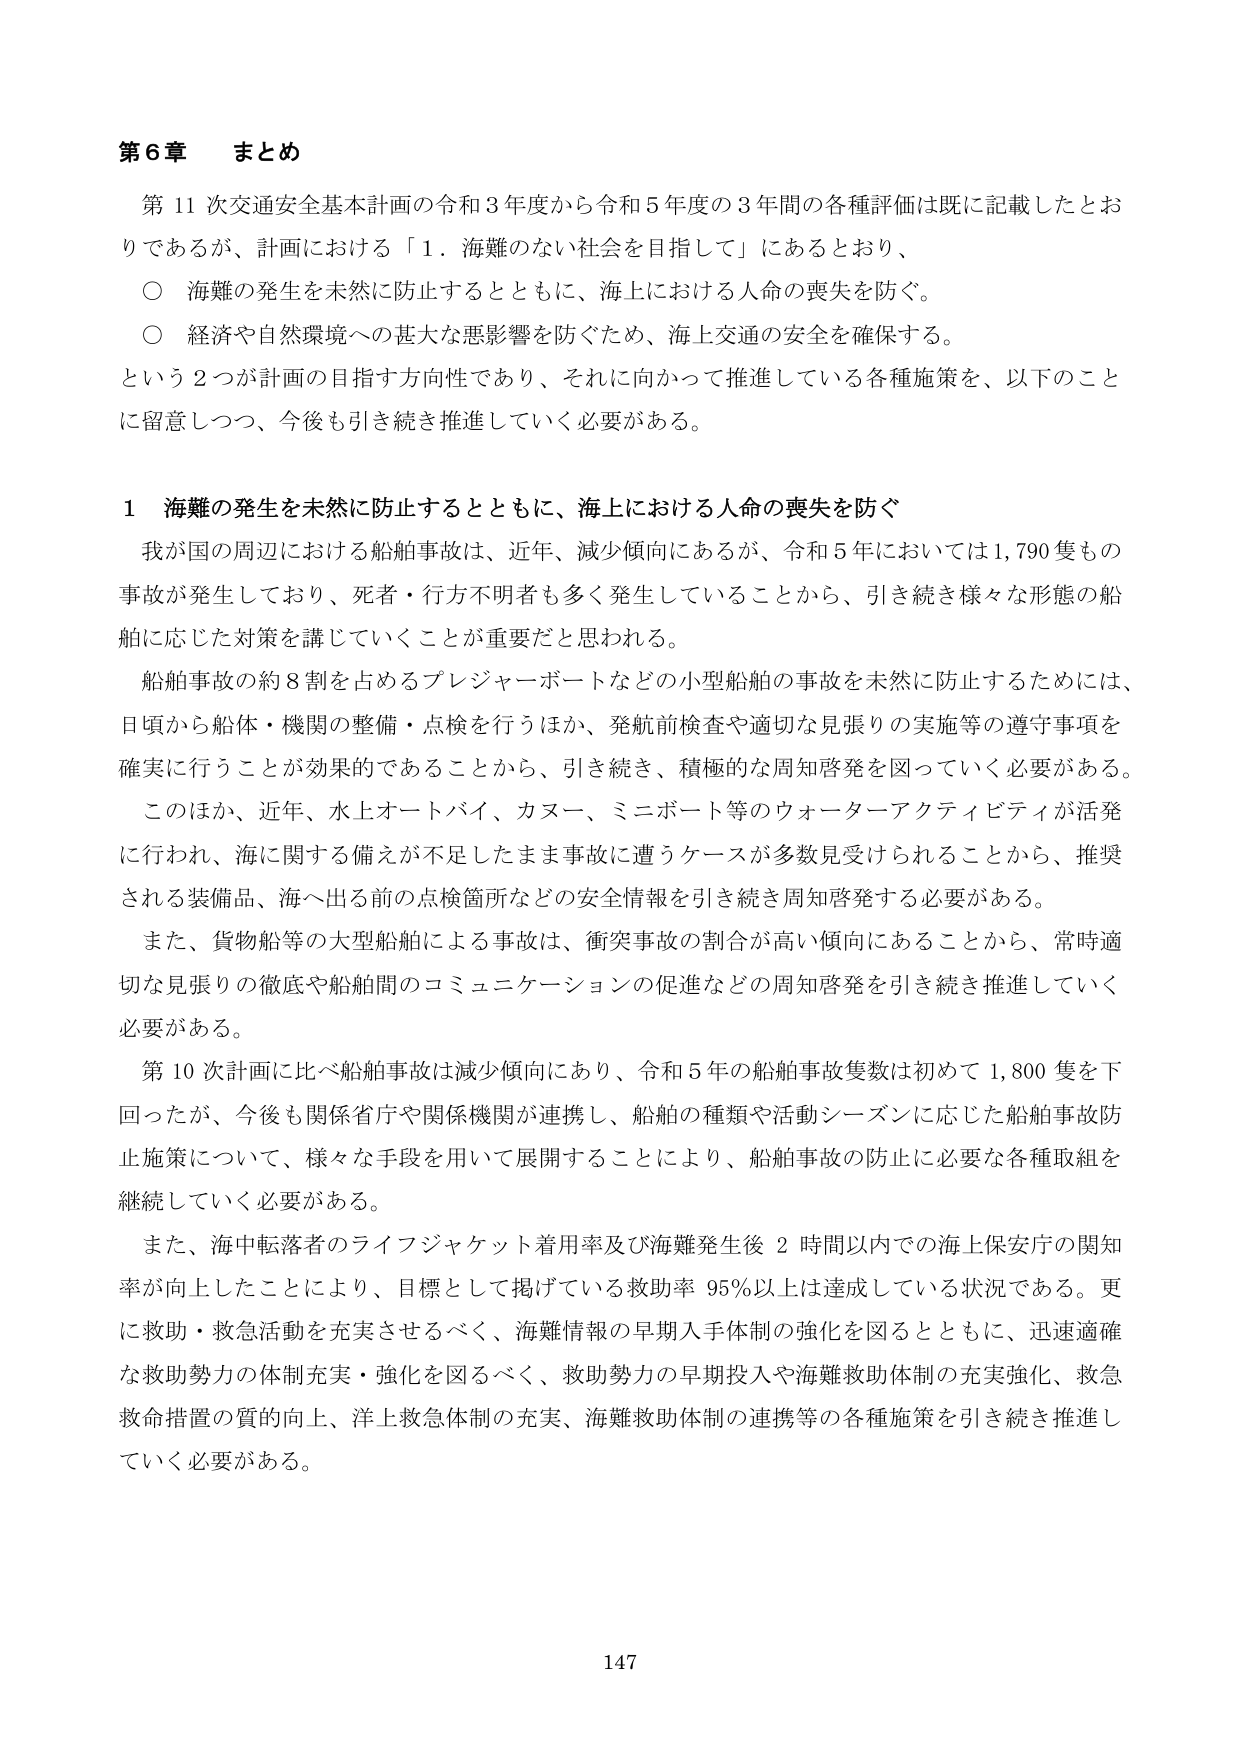
第６章 まとめ

第11次交通安全基本計画の令和3年度から令和5年度の3年間の各種評価は既に記載したとおりであるが、計画における「1．海難のない社会を目指して」にあるとおり、

○ 海難の発生を未然に防止するとともに、海上における人命の喪失を防ぐ。

○ 経済や自然環境への甚大な悪影響を防ぐため、海上交通の安全を確保する。

という2つが計画の目指す方向性であり、それに向かって推進している各種施策を、以下のこと に留意しつつ、今後も引き続き推進していく必要がある。

1 海難の発生を未然に防止するとともに、海上における人命の喪失を防ぐ

我が国の周辺における船舶事故は、近年、減少傾向にあるが、令和5年においては1,790隻もの事故が発生しており、死者・行方不明者も多く発生していることから、引き続き様々な形態の船舶に応じた対策を講じていくことが重要だと思われる。

船舶事故の約8割を占めるプレジャーボートなどの小型船舶の事故を未然に防止するためには、日頃から船体・機関の整備・点検を行うほか、発航前検査や適切な見張りの実施等の遵守事項を確実に行うことが効果的であることから、引き続き、積極的な周知啓発を図っていく必要がある。

このほか、近年、水上オートバイ、カヌー、ミニボート等のウォーターアクティビティが活発に行われ、海に関する備えが不足したまま事故に遭うケースが多数見受けられることから、推奨される装備品、海へ出る前の点検箇所などの安全情報を引き続き周知啓発する必要がある。

また、貨物船等の大型船舶による事故は、衝突事故の割合が高い傾向にあることから、常時適切な見張りの徹底や船舶間のコミュニケーションの促進などの周知啓発を引き続き推進していく必要がある。

第10次計画に比べ船舶事故は減少傾向にあり、令和5年の船舶事故隻数は初めて1,800隻を下回ったが、今後も関係省庁や関係機関が連携し、船舶の種類や活動シーズンに応じた船舶事故防止施策について、様々な手段を用いて展開することにより、船舶事故の防止に必要な各種取組を継続していく必要がある。

また、海中転落者のライフジャケット着用率及び海難発生後2時間以内での海上保安庁の関知率が向上したことにより、目標として掲げている救助率95％以上は達成している状況である。更に救助・救急活動を充実させるべく、海難情報の早期入手体制の強化を図るとともに、迅速適確な救助勢力の体制充実・強化を図るべく、救助勢力の早期投入や海難救助体制の充実強化、救急救命措置の質的向上、洋上救急体制の充実、海難救助体制の連携等の各種施策を引き続き推進していく必要がある。

147